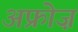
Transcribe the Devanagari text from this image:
अफ्रोज़